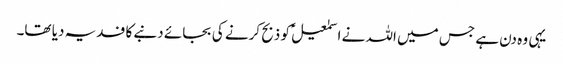
یہی وہ دن ہے جس میں اللہ نے اسمٰعیلؑ کو ذبح کرنے کی بجائے دنبے کا فدیہ دیا تھا۔